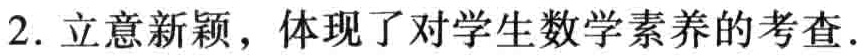
2. 立意新颖，体现了对学生数学素养的考查.